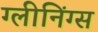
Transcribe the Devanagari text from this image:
ग्लीनिंग्स